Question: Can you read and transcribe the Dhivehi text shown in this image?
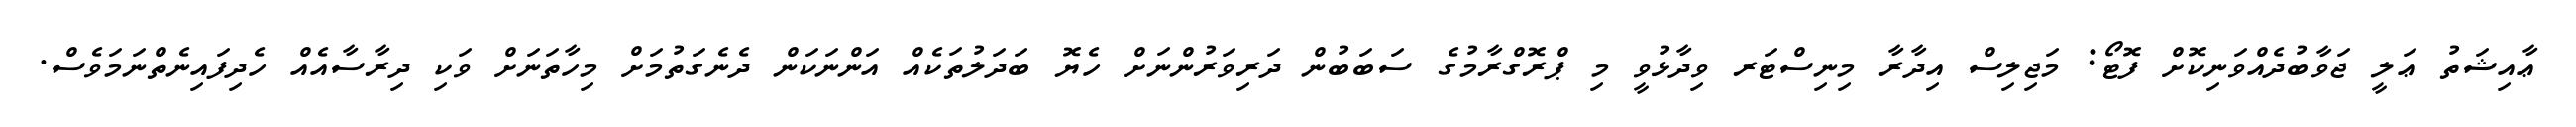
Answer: ޢާއިޝަތު ޢަލީ ޖަވާބުދެއްވަނިކޮށް ފޮޓޯ: މަޖިލިސް އިދާރާ މިނިސްޓަރ ވިދާޅުވީ މި ޕްރޮގްރާމުގެ ސަބަބުން ދަރިވަރުންނަށް ހެޔޮ ބަދަލުތަކެއް އަންނަކަން ދެނެގަތުމަށް މިހާތަނަށް ވަކި ދިރާސާއެއް ހެދިފައިނެތްނަމަވެސް.